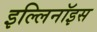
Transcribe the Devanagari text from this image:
इल्लिनॉइस